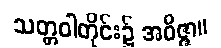
သတ္တဝါတိုင်း၌ အဝိဇ္ဇာ။